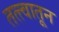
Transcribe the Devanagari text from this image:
तत्त्वातून